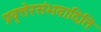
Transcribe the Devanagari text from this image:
प्रवृत्तेरसंभवादिति